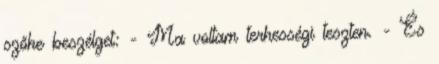
szőke beszélget: - Ma voltam terhességi teszten. - És